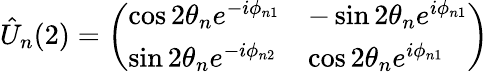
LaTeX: \hat{U}_{n}(2)=\left(\begin{array}{ll}{\cos 2\theta_{n}e^{-i\phi_{n1}}}&{-\sin 2\theta_{n}e^{i\phi_{n1}}}\\ {\sin 2\theta_{n}e^{-i\phi_{n2}}}&{\cos 2\theta_{n}e^{i\phi_{n1}}}\end{array}\right)